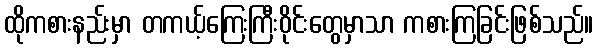
ထိုကစားနည်းမှာ တကယ့်ကြေးကြီးဝိုင်းတွေမှာသာ ကစားကြခြင်းဖြစ်သည်။